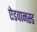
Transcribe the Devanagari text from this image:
ऐडवानस्ड